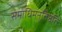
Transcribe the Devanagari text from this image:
समाधिमनुतिष्ठति